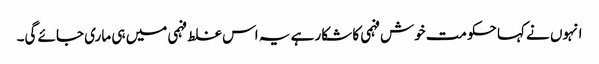
انہوں نے کہا حکومت خوش فہمی کا شکار ہے یہ اس غلط فہمی میں ہی ماری جائے گی۔